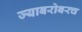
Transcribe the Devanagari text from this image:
ज्याबरोबरच